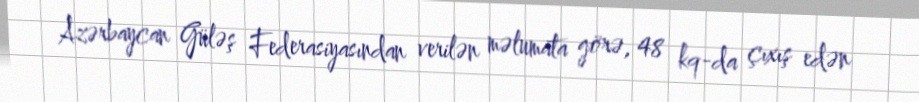
Azərbaycan Güləş Federasiyasından verilən məlumata görə, 48 kq-da çıxış edən